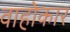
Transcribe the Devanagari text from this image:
वाहोकार